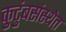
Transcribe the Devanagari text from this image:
कुटुंबसंस्थेत